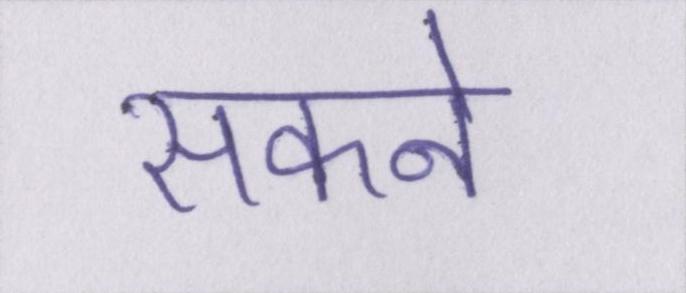
सकने